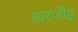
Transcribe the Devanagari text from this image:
आरजीइ